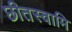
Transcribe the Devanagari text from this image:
छीतस्वामि